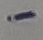
Text: -